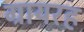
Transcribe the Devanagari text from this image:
ग्रायरह